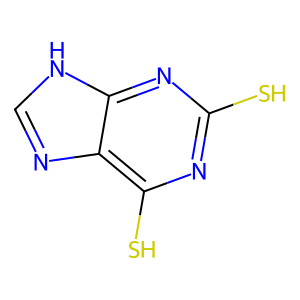
SMILES: Sc1nc(S)c2nc[nH]c2n1
Inhibits HIV replication: No